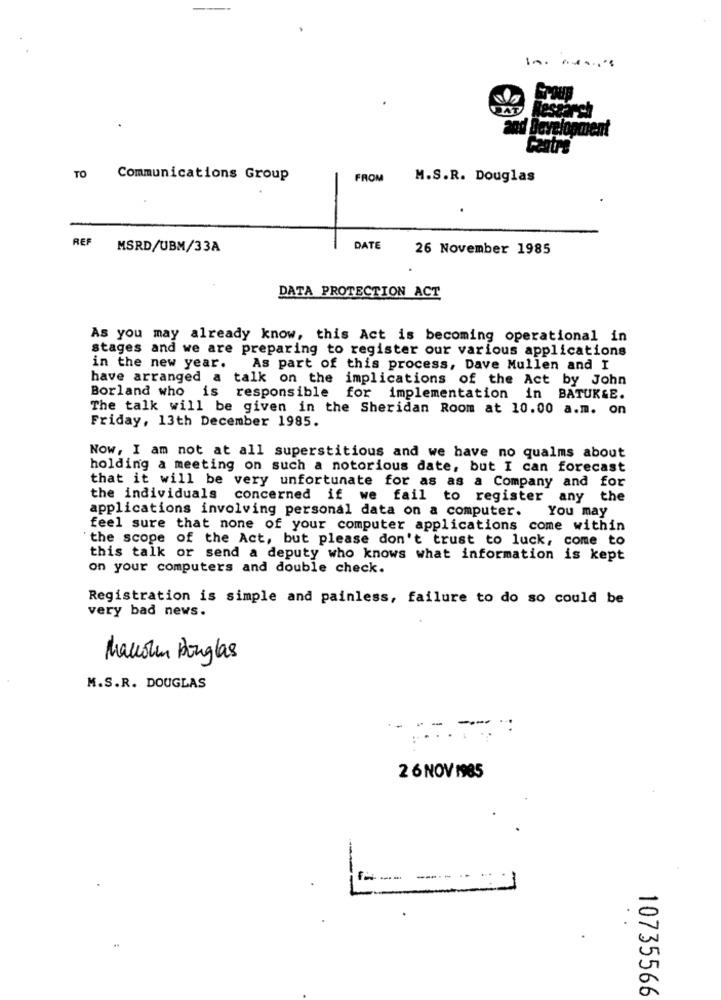
In. ..... 's
and Development
TO
Communications Group
FROM
M.S.R. Douglas
REF
MSRD/UBM/33A
DATE
26 November 1985
DATA PROTECTION ACT
As you may already know, this Act is becoming operational in
stages and we are preparing to register our various applications
in the new year.
As part of this process, Dave Mullen and I
have arranged a talk on the implications of the Act by John
Borland who is responsible for implementation in BATUKSE.
The talk will be given in the Sheridan Room at 10.00 a.m. on
Friday, 13th December 1985.
Now, I am not at all superstitious and we have no qualms about
holding a meeting on such a notorious date, but I can forecast
that it will be very unfortunate for as as a Company and for
the individuals concerned if we fail to register any the
applications involving personal data on a computer. You may
feel sure that none of your computer applications come within
"the scope of the Act, but please don't trust to luck, come to
this talk or send a deputy who knows what information is kept
on your computers and double check.
Registration is simple and painless, failure to do so could be
very bad news.
Marcolin Douglas
M.S.R. DOUGLAS
-
2 6 NOV 1985
--- -- -
10735566